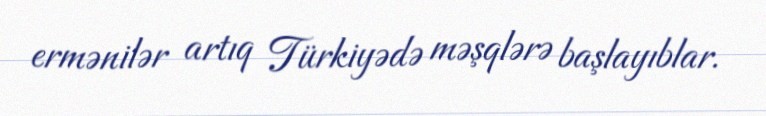
ermənilər artıq Türkiyədə məşqlərə başlayıblar.